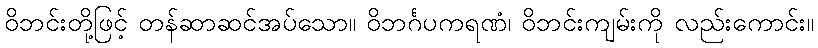
ဝိဘင်းတို့ဖြင့် တန်ဆာဆင်အပ်သော။ ဝိဘင်္ဂပကရဏံ၊ ဝိဘင်းကျမ်းကို လည်းကောင်း။